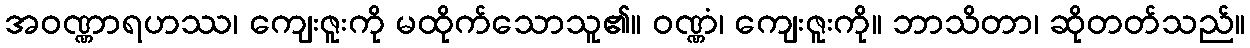
အဝဏ္ဏာရဟဿ၊ ကျေးဇူးကို မထိုက်သောသူ၏။ ဝဏ္ဏံ၊ ကျေးဇူးကို။ ဘာသိတာ၊ ဆိုတတ်သည်။